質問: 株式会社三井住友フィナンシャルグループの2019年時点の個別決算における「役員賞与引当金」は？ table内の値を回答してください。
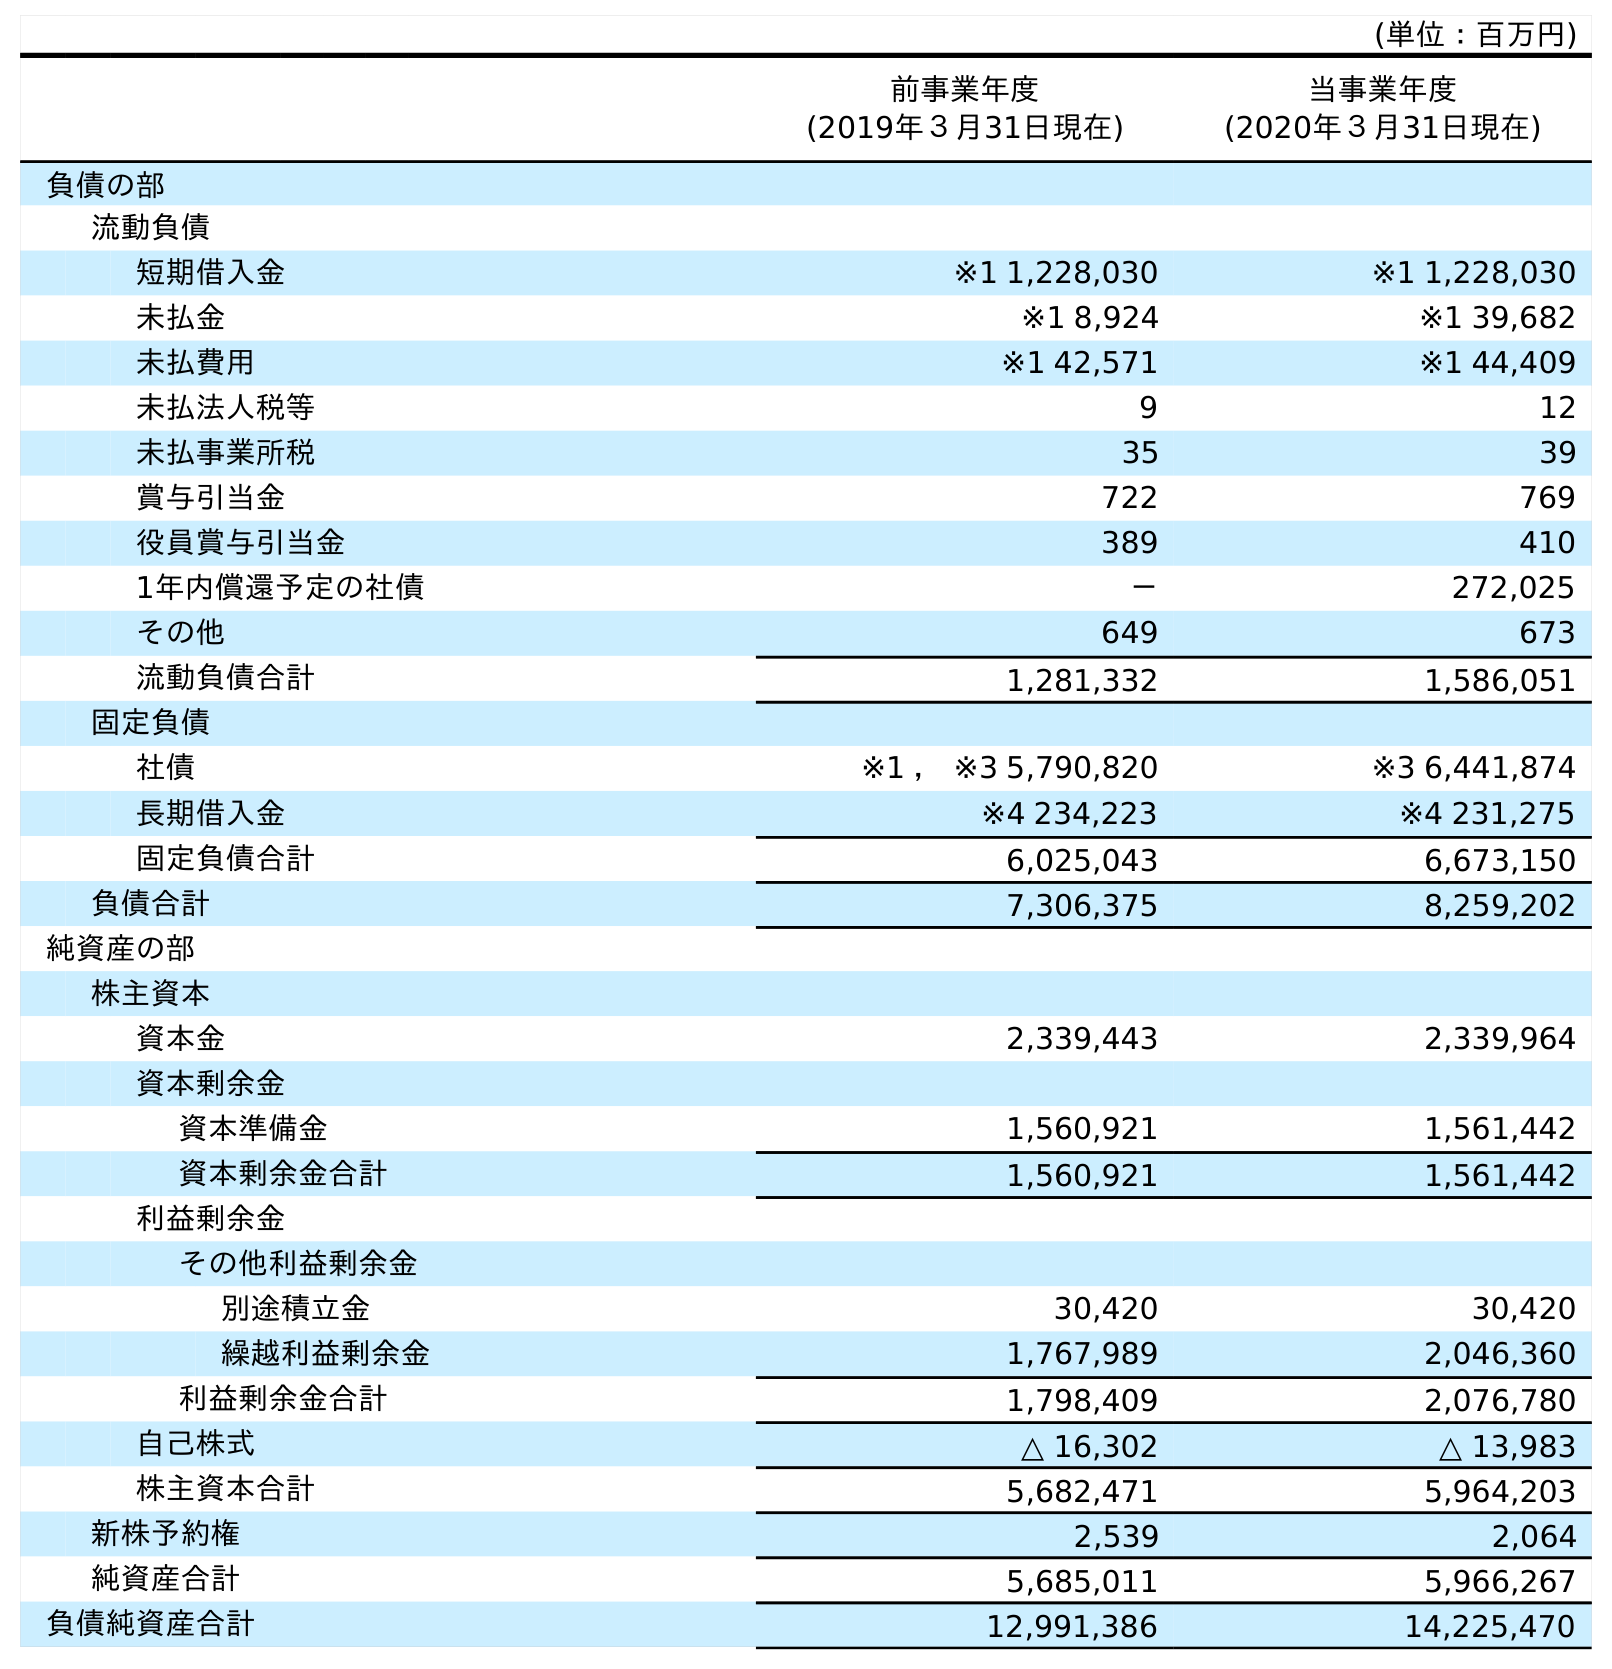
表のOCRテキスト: (単位：百万円) 前事業年度 (2019年３月31日現在) 当事業年度 (2020年３月31日現在) 負債の部 流動負債 短期借入金 ※1 1,228,030 ※1 1,228,030 未払金 ※1 8,924 ※1 39,682 未払費用 ※1 42,571 ※1 44,409 未払法人税等 9 12 未払事業所税 35 39 賞与引当金 722 769 役員賞与引当金 389 410 1年内償還予定の社債 － 272,025 その他 649 673 流動負債合計 1,281,332 1,586,051 固定負債 社債 ※1 ， ※3 5,790,820 ※3 6,441,874 長期借入金 ※4 234,223 ※4 231,275 固定負債合計 6,025,043 6,673,150 負債合計 7,306,375 8,259,202 純資産の部 株主資本 資本金 2,339,443 2,339,964 資本剰余金 資本準備金 1,560,921 1,561,442 資本剰余金合計 1,560,921 1,561,442 利益剰余金 その他利益剰余金 別途積立金 30,420 30,420 繰越利益剰余金 1,767,989 2,046,360 利益剰余金合計 1,798,409 2,076,780 自己株式 △ 16,302 △ 13,983 株主資本合計 5,682,471 5,964,203 新株予約権 2,539 2,064 純資産合計 5,685,011 5,966,267 負債純資産合計 12,991,386 14,225,470
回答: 389